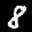
Label: 8